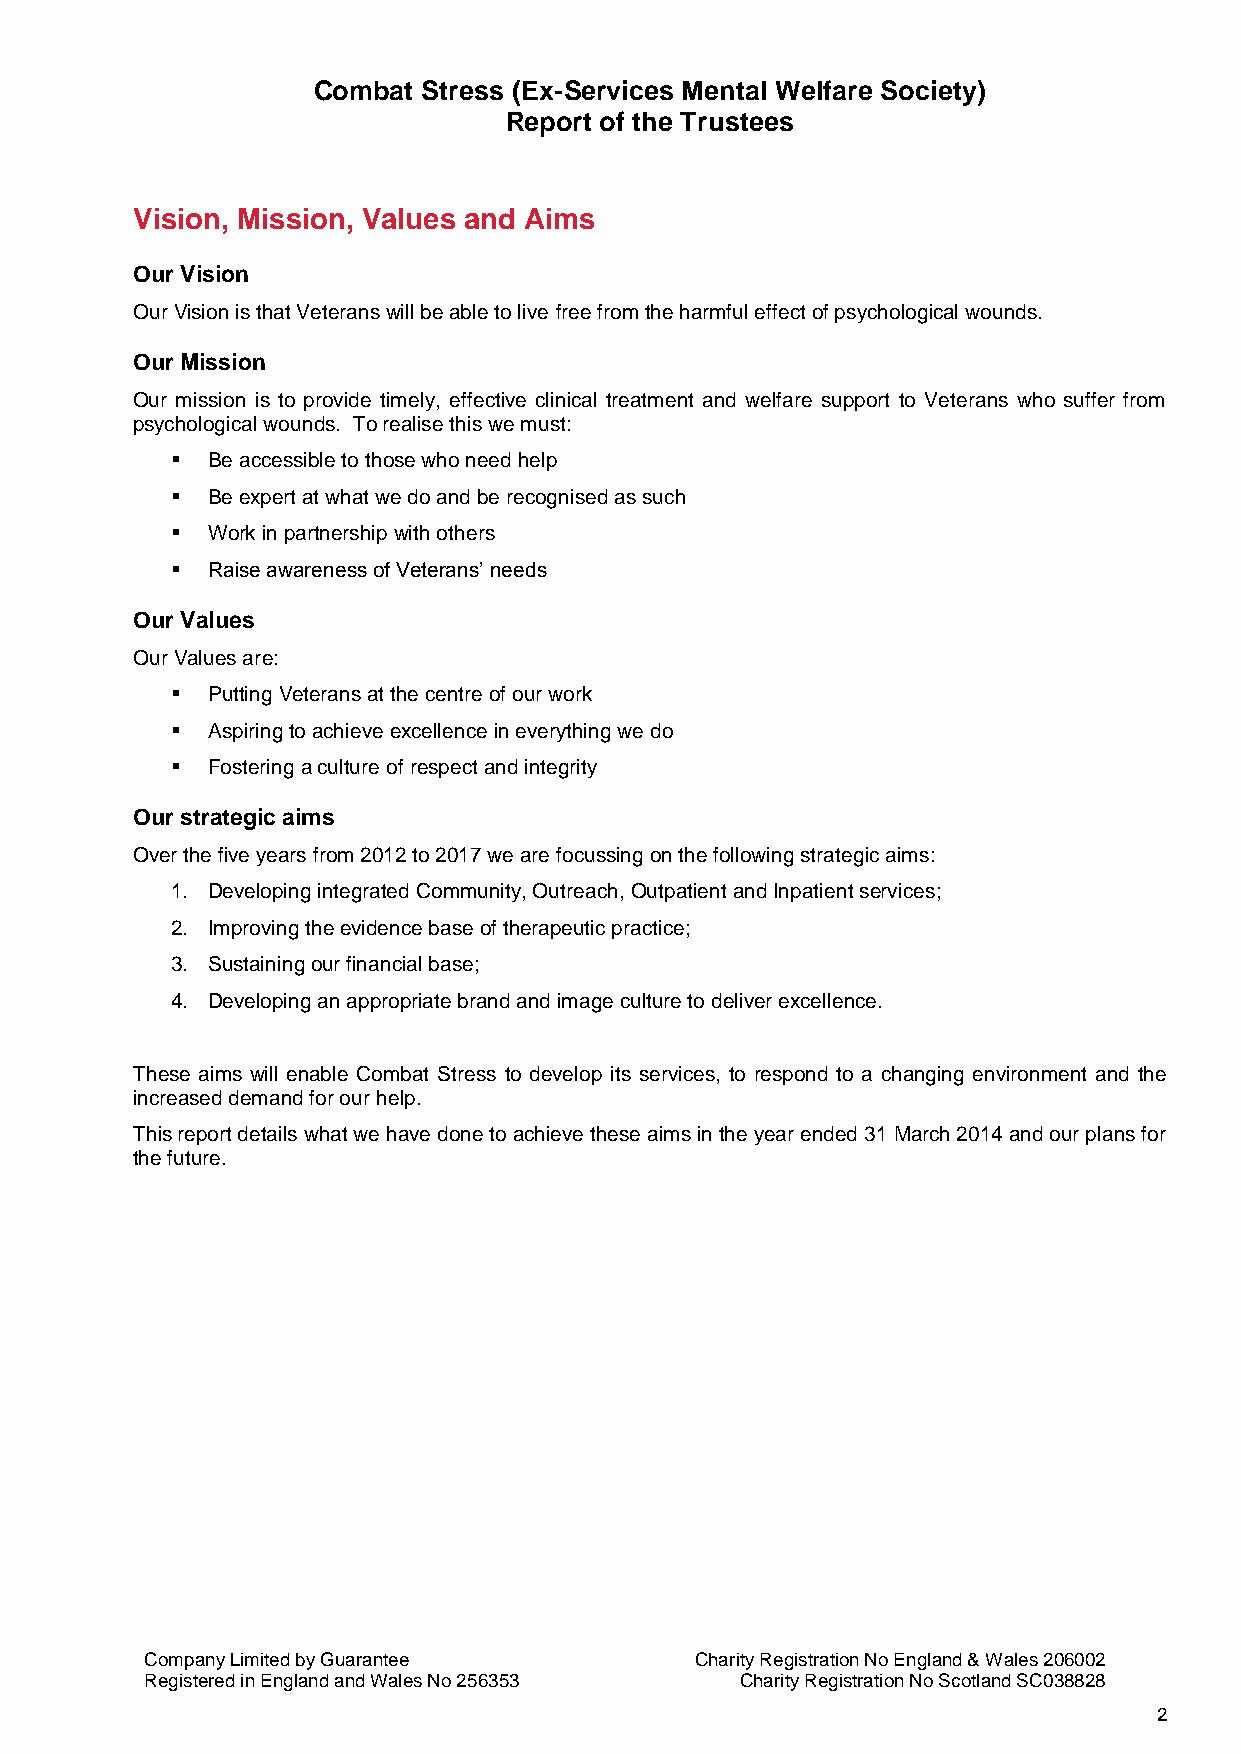
Combat Stress (Ex-Services Mental Welfare Society)
 Report of the Trustees
 Vision, Mission, Values and Aims
 Our Vision
 Our Vision is that Veterans will be able to live free from the harmful effect of psychological wounds.
 Our Mission
 Our mission is to provide timely, effective clinical treatment and welfare support to Veterans who suffer from
 psychological wounds. To realise this we must:
   Be accessible to those who need help
   Be expert at what we do and be recognised as such
   Work in partnership with others
   Raise awareness of Veterans’ needs
 Our Values
 Our Values are:
   Putting Veterans at the centre of our work
   Aspiring to achieve excellence in everything we do
   Fostering a culture of respect and integrity
 Our strategic aims
 Over the five years from 2012 to 2017 we are focussing on the following strategic aims:
 1. Developing integrated Community, Outreach, Outpatient and Inpatient services;
 2. Improving the evidence base of therapeutic practice;
 3. Sustaining our financial base;
 4. Developing an appropriate brand and image culture to deliver excellence.
 These aims will enable Combat Stress to develop its services, to respond to a changing environment and the
 increased demand for our help.
 This report details what we have done to achieve these aims in the year ended 31 March 2014 and our plans for
 the future.
 Company Limited by Guarantee        Charity Registration No England & Wales 206002
 Registered in England and Wales No 256353 Charity Registration No Scotland SC038828
 2